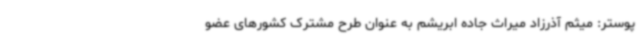
پوستر: میثم آذرزاد میراث جاده ابریشم به عنوان طرح مشترک کشورهای عضو